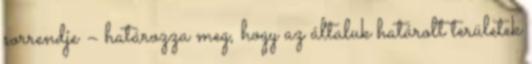
sorrendje – határozza meg, hogy az általuk határolt területek